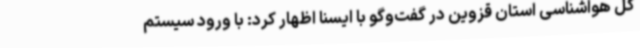
کل هواشناسی استان قزوین در گفت‌وگو با ایسنا اظهار کرد: با ورود سیستم